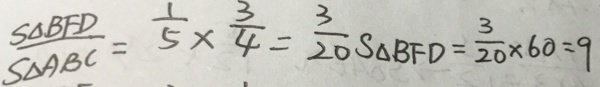
\frac { S _ { \Delta } B F D } { S _ { \Delta } A B C } = \frac { 1 } { 5 } \times \frac { 3 } { 4 } = \frac { 3 } { 2 0 } S _ { \Delta } B F D = \frac { 3 } { 2 0 } \times 6 0 = 9